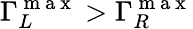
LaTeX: \Gamma_{L}^{\mathrm{~m~a~x~}}>\Gamma_{R}^{\mathrm{~m~a~x~}}